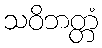
သဝိဘတ္တံ